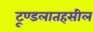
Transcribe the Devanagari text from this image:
टूण्डलातहसील